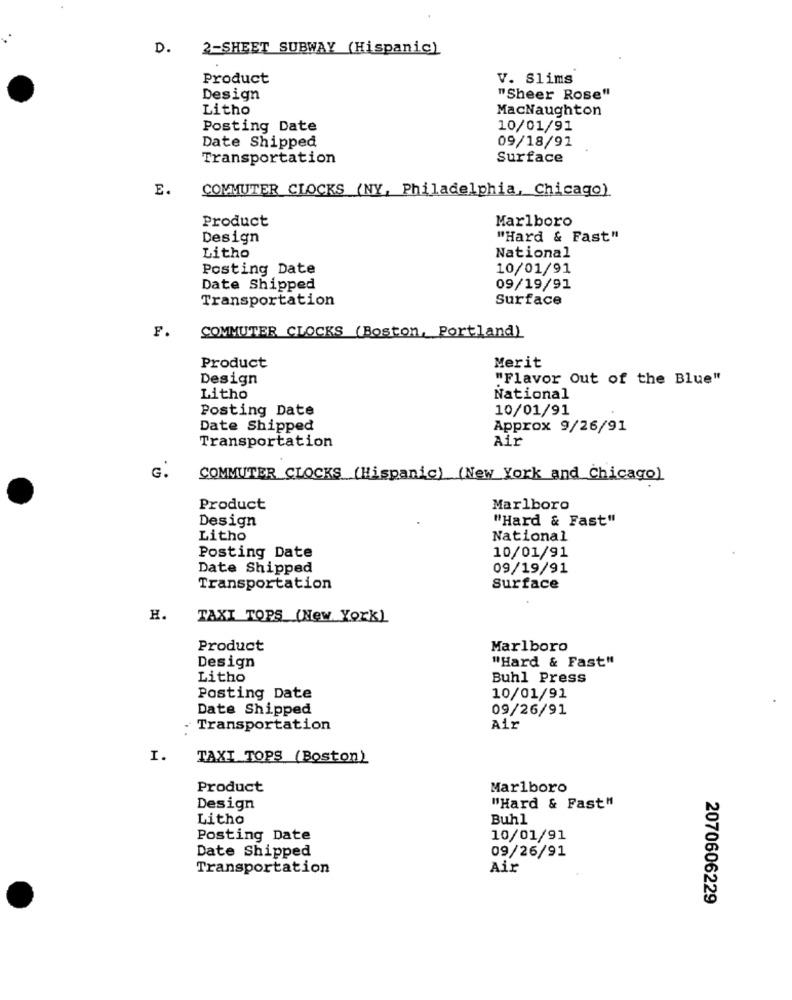
D.
2-SHEET SUBWAY (Hispanic)
Product
V. Slims
Design
"Sheer Rose"
Litho
MacNaughton
Posting Date
10/01/91
Date Shipped
09/18/91
Transportation
Surface
E.
COMMUTER CLOCKS (NY, Philadelphia, Chicago)
Product
Marlboro
Design
"Hard & Fast"
Litho
National
Posting Date
10/01/91
Date Shipped
09/19/91
Transportation
Surface
F.
COMMUTER CLOCKS (Boston, Portland)
Merit
Product
Design
"Flavor Out of the Blue"
Litho
National
Posting Date
10/01/91
Date Shipped
Approx 9/26/91
Transportation
Air
G.
COMMUTER CLOCKS (Hispanic) (New York and Chicago)
Product
Marlboro
Design
"Hard & Fast"
Litho
National
Posting Date
10/01/91
Date Shipped
09/19/91
Transportation
Surface
H.
TAXI TOPS (New York)
Product
Marlboro
Design
"Hard & Fast"
Litho
Buhl Press
Posting Date
10/01/91
Date Shipped
09/26/91
- Transportation
Air
I.
TAXI TOPS (Boston)
Product
Marlboro
Design
"Hard & Fast"
Litho
Buhl
Posting Date
10/01/91
Date Shipped
09/26/91
Transportation
Air
2070606229